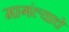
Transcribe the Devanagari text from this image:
मागंल्याचे